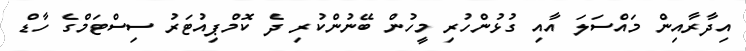
އިދާރާއިން މައްސަލަ އާއި ގުޅުންހުރި މީހުން ބޭނުންކުރި ދެ ކޮމްޕިއުޓަރު ސިސްޓަމްގެ ހާޑް